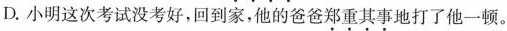
D.小明这次考试没考好，回到家，他的爸爸\underset{·}{郑}\underset{·}{重}\underset{·}{其}\underset{·}{事}地打了他一顿。